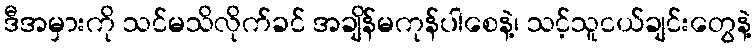
ဒီအမှားကို သင်မသိလိုက်ခင် အချိန်မကုန်ပါစေနဲ့၊ သင့်သူငယ်ချင်းတွေနဲ့